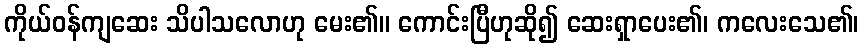
ကိုယ်ဝန်ကျဆေး သိပါသလောဟု မေး၏။ ကောင်းပြီဟုဆို၍ ဆေးရှာပေး၏၊ ကလေးသေ၏၊